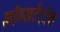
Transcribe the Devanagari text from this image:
कॉन्सटेंटीन